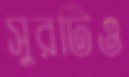
সুরটিও